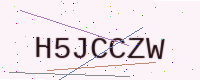
Text: H5JCCZW